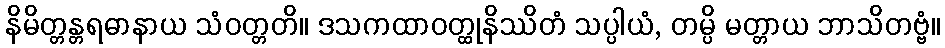
နိမိတ္တန္တရဓာနာယ သံဝတ္တတိ။ ဒသကထာဝတ္ထုနိဿိတံ သပ္ပါယံ, တမ္ပိ မတ္တာယ ဘာသိတဗ္ဗံ။